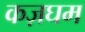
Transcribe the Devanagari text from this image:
कज़घम